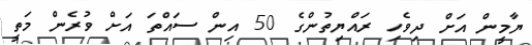
ޔާމީން އަށް ދިވެހި ރައްޔިތުންގެ 50 އިން ސައްތަ އަށް ވުރެން މަތީ